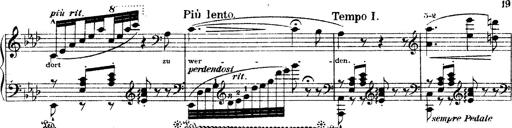
Title: O du mein holder Abendstern
Composer: Franz Liszt